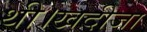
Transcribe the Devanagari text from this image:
थी।खदीजा